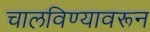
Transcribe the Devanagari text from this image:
चालविण्यावरून